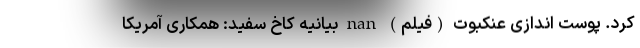
کرد. پوست اندازی عنکبوت (فیلم) nan بیانیه کاخ سفید: همکاری آمریکا